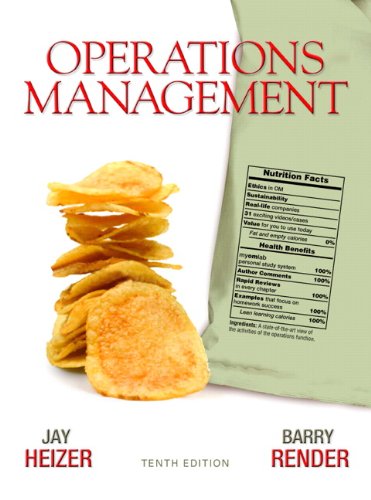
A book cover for Operations Management (10th Edition); Jay Heizer; Business & Money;